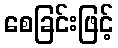
စေခြင်းဖြင့်